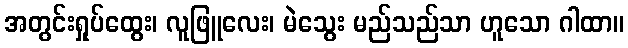
အတွင်းရှုပ်ထွေး၊ လူဖြူလေး၊ မဲသွေး မည်သည်သာ ဟူသော ဂါထာ။